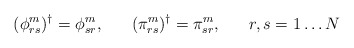
\begin{align*}(\phi^{m}_{rs})^{\dagger}=\phi^{m}_{sr}, \;\;\;\;\;\; (\pi^{m}_{rs})^{\dagger}=\pi^{m}_{sr},\;\;\;\;\;\; r,s = 1 \ldots N\end{align*}